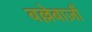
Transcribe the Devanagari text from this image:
बल्लेबाज़ौं